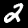
Digit: 2